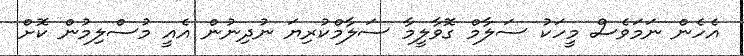
އެހެން ނަމަވެސް މީހަކު ސަލާމް ގޮވާލީމާ ސަލާމްކުރިޔަ ނުދިނުން އެއީ މުސްލިމުން ކޮށް